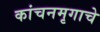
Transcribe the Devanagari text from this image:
कांचनमृगाचे